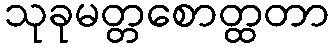
သုခုမတ္တစောတ္ထတာ